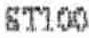
ST100